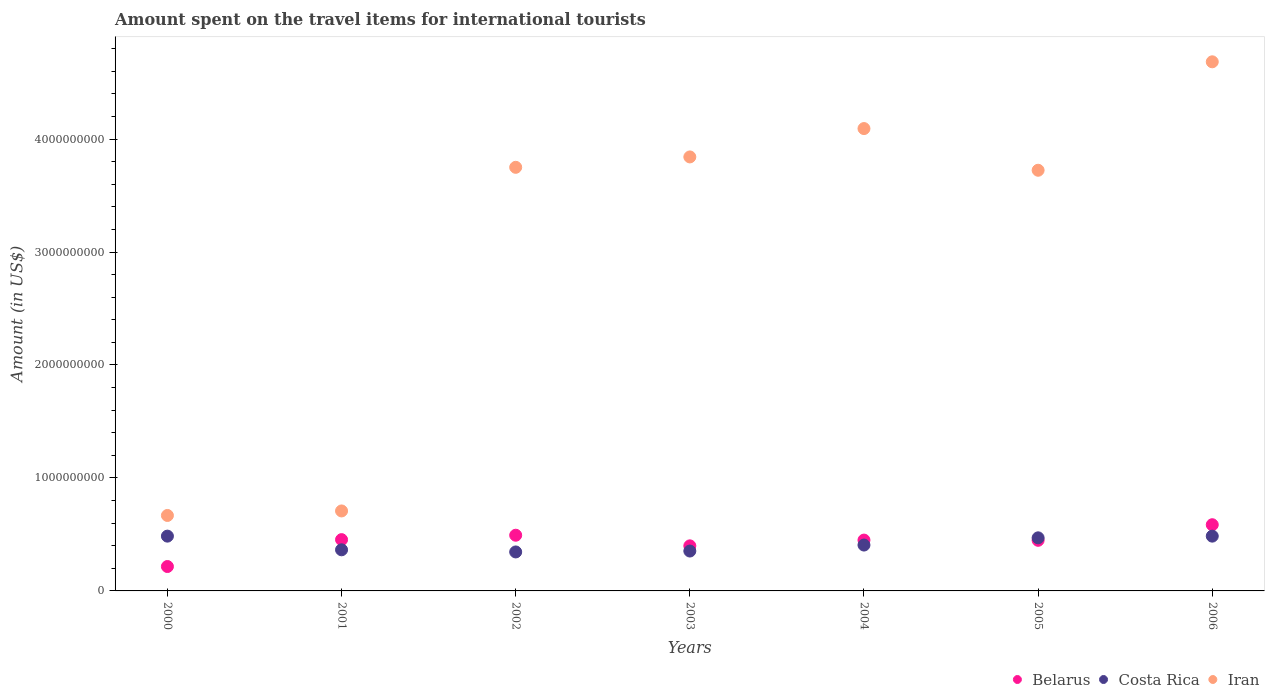
| Years | Belarus | Costa Rica | Iran |
 | --- | --- | --- | --- |
 | 2000 | 2.16e+08 | 4.85e+08 | 6.68e+08 |
 | 2001 | 4.54e+08 | 3.64e+08 | 7.08e+08 |
 | 2002 | 4.93e+08 | 3.45e+08 | 3.75e+09 |
 | 2003 | 3.99e+08 | 3.53e+08 | 3.84e+09 |
 | 2004 | 4.5e+08 | 4.06e+08 | 4.09e+09 |
 | 2005 | 4.48e+08 | 4.7e+08 | 3.72e+09 |
 | 2006 | 5.86e+08 | 4.85e+08 | 4.68e+09 |